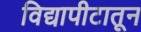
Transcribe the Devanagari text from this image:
विद्यापीटातून